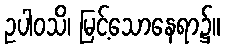
ဥပါဝသိ၊ မြင့်သောနေရာ၌။